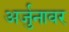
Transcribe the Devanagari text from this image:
अर्जुनावर